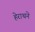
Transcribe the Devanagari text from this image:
हेराथने